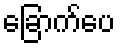
ခြောက်ပေ